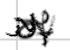
Text: of
Cross-out: mix
Writing tool: digital_black